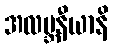
အလဗ္ဘနီယာနိ